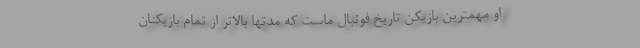
او مهمترین بازیکن تاریخ فوتبال ماست که مدتها بالاتر از تمام بازیکنان